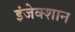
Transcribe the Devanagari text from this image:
इंजेक्शान